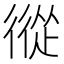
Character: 𢕩